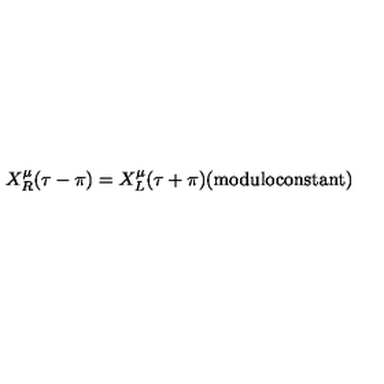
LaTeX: X _ { R } ^ { \mu } ( \tau - \pi ) = X _ { L } ^ { \mu } ( \tau + \pi ) \mathrm { ( m o d u l o c o n s t a n t ) }